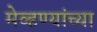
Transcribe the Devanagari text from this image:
मेव्हण्यांच्या